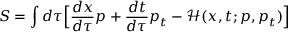
S = \int d \tau { \Big [ } { \frac { d x } { d \tau } } p + { \frac { d t } { d \tau } } p _ { t } - { \mathcal { H } } ( x , t ; p , p _ { t } ) { \Big ] }